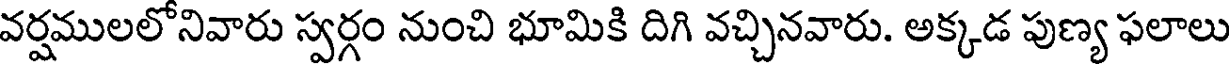
వర్షములలోనివారు స్వర్గం నుంచి భూమికి దిగి వచ్చినవారు. అక్కడ పుణ్య ఫలాలు